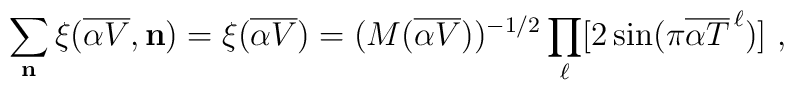
\sum_{\bf n} \xi({\overline {\alpha V}},{\bf n}) =\xi({\overline {\alpha V}}) = (M({\overline {\alpha V}}))^{-1/2} \prod_\ell[2\sin (\pi {\overline {\alpha T}}^{\, \ell})] ~,